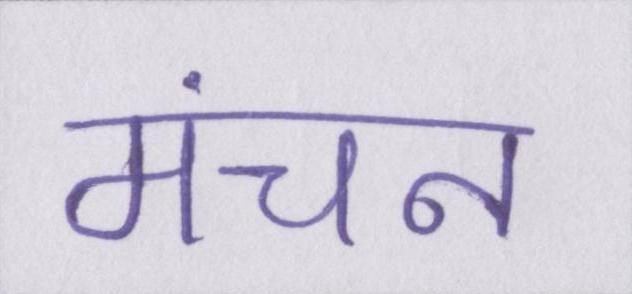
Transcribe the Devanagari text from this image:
मंचन